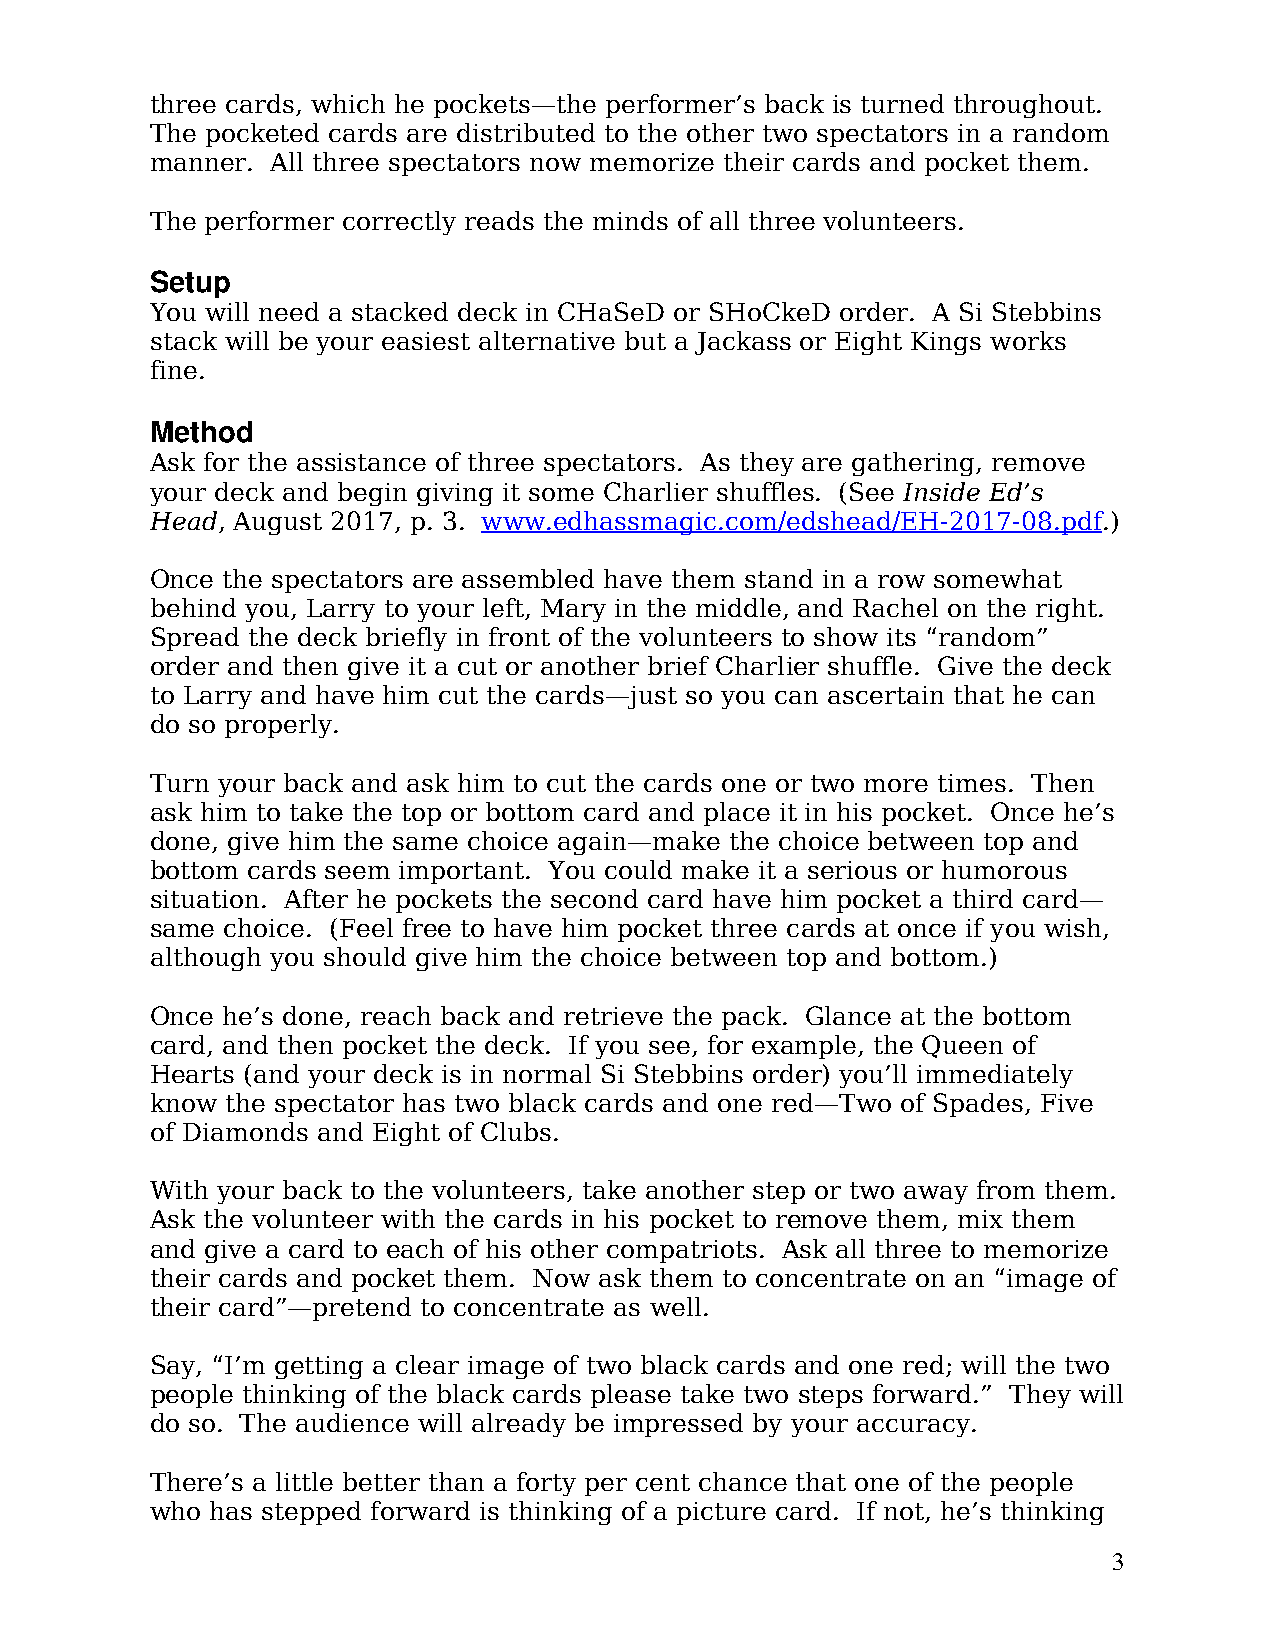
three cards, which he pockets—the performer’s back is turned throughout.
 The pocketed cards are distributed to the other two spectators in a random
 manner. All three spectators now memorize their cards and pocket them.
 The performer correctly reads the minds of all three volunteers.
 Setup
 You will need a stacked deck in CHaSeD or SHoCkeD order. A Si Stebbins
 stack will be your easiest alternative but a Jackass or Eight Kings works
 fine.
 Method
 Ask for the assistance of three spectators. As they are gathering, remove
 your deck and begin giving it some Charlier shuffles. (See Inside Ed’s
 Head, August 2017, p. 3. www.edhassmagic.com/edshead/EH-2017-08.pdf.)
 Once the spectators are assembled have them stand in a row somewhat
 behind you, Larry to your left, Mary in the middle, and Rachel on the right.
 Spread the deck briefly in front of the volunteers to show its “random”
 order and then give it a cut or another brief Charlier shuffle. Give the deck
 to Larry and have him cut the cards—just so you can ascertain that he can
 do so properly.
 Turn your back and ask him to cut the cards one or two more times. Then
 ask him to take the top or bottom card and place it in his pocket. Once he’s
 done, give him the same choice again—make the choice between top and
 bottom cards seem important. You could make it a serious or humorous
 situation. After he pockets the second card have him pocket a third card—
 same choice. (Feel free to have him pocket three cards at once if you wish,
 although you should give him the choice between top and bottom.)
 Once he’s done, reach back and retrieve the pack. Glance at the bottom
 card, and then pocket the deck. If you see, for example, the Queen of
 Hearts (and your deck is in normal Si Stebbins order) you’ll immediately
 know the spectator has two black cards and one red—Two of Spades, Five
 of Diamonds and Eight of Clubs.
 With your back to the volunteers, take another step or two away from them.
 Ask the volunteer with the cards in his pocket to remove them, mix them
 and give a card to each of his other compatriots. Ask all three to memorize
 their cards and pocket them. Now ask them to concentrate on an “image of
 their card”—pretend to concentrate as well.
 Say, “I’m getting a clear image of two black cards and one red; will the two
 people thinking of the black cards please take two steps forward.” They will
 do so. The audience will already be impressed by your accuracy.
 There’s a little better than a forty per cent chance that one of the people
 who has stepped forward is thinking of a picture card. If not, he’s thinking
 3